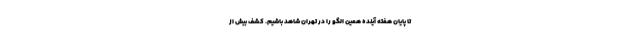
تا پایان هفته آینده همین الگو را در تهران شاهد باشیم‌. کشف بیش از